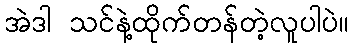
အဲဒါ သင်နဲ့ထိုက်တန်တဲ့လူပါပဲ။